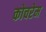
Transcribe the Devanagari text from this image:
कोचरेम